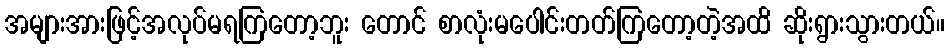
အများအားဖြင့်အလုပ်မရကြတော့ဘူး တောင် စာလုံးမပေါင်းတတ်ကြတော့တဲ့အထိ ဆိုးရွားသွားတယ်။